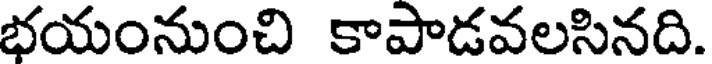
భయంనుంచి కాపాడవలసినది.